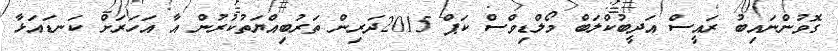
ގޮވުންނައިބު ރައީސް އަދީބުކްލަބް މޯލްޑިވްސް ކަޕް 2015ދަރިން ތަރުބިއްޔަތުކުރުން އާ އަހަރަށް ކަނޑައަޅާ